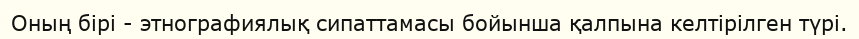
Оның бірі - этнографиялық сипаттамасы бойынша қалпына келтірілген түрі.